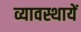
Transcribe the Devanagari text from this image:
व्यावस्थायें